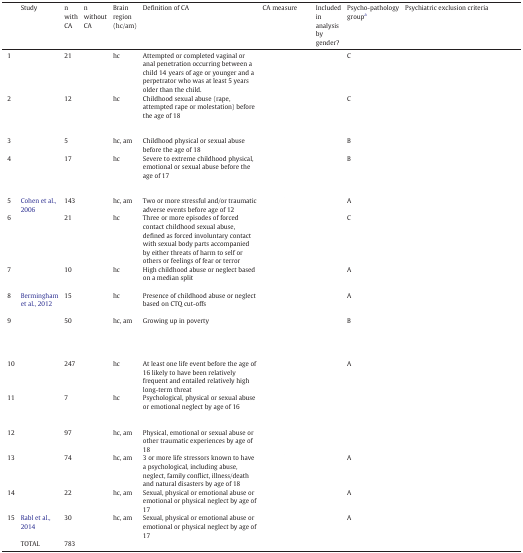
<table><thead><tr><td>[EMPTY_CELL]</td><td><b>Study</b></td><td><b>n with CA</b></td><td><b>n without CA</b></td><td><b>Brain region (hc/am)</b></td><td><b>Definition of CA</b></td><td><b>CA measure</b></td><td><b>Included in analysis by gender?</b></td><td><b>Psycho-pathology groupa</b></td><td><b>Psychiatric exclusion criteria</b></td></tr></thead><tbody><tr><td>1</td><td>[EMPTY_CELL]</td><td>21</td><td>[EMPTY_CELL]</td><td>hc</td><td>Attempted or completed vaginal or anal penetration occurring between a child 14 years of age or younger and a perpetrator who was at least 5 years older than the child.</td><td>[EMPTY_CELL]</td><td>[EMPTY_CELL]</td><td>C</td><td>[EMPTY_CELL]</td></tr><tr><td>2</td><td>[EMPTY_CELL]</td><td>12</td><td>[EMPTY_CELL]</td><td>hc</td><td>Childhood sexual abuse (rape, attempted rape or molestation) before the age of 18</td><td>[EMPTY_CELL]</td><td>[EMPTY_CELL]</td><td>C</td><td>[EMPTY_CELL]</td></tr><tr><td>3</td><td>[EMPTY_CELL]</td><td>5</td><td>[EMPTY_CELL]</td><td>hc, am</td><td>Childhood physical or sexual abuse before the age of 18</td><td>[EMPTY_CELL]</td><td>[EMPTY_CELL]</td><td>B</td><td>[EMPTY_CELL]</td></tr><tr><td>4</td><td>[EMPTY_CELL]</td><td>17</td><td>[EMPTY_CELL]</td><td>hc</td><td>Severe to extreme childhood physical, emotional or sexual abuse before the age of 17</td><td>[EMPTY_CELL]</td><td>[EMPTY_CELL]</td><td>B</td><td>[EMPTY_CELL]</td></tr><tr><td>5</td><td>Cohen et al., 2006</td><td>143</td><td>[EMPTY_CELL]</td><td>hc, am</td><td>Two or more stressful and/or traumatic adverse events before age of 12</td><td>[EMPTY_CELL]</td><td>[EMPTY_CELL]</td><td>A</td><td>[EMPTY_CELL]</td></tr><tr><td>6</td><td>[EMPTY_CELL]</td><td>21</td><td>[EMPTY_CELL]</td><td>hc</td><td>Three or more episodes of forced contact childhood sexual abuse, defined as forced involuntary contact with sexual body parts accompanied by either threats of harm to self or others or feelings of fear or terror</td><td>[EMPTY_CELL]</td><td>[EMPTY_CELL]</td><td>C</td><td>[EMPTY_CELL]</td></tr><tr><td>7</td><td>[EMPTY_CELL]</td><td>10</td><td>[EMPTY_CELL]</td><td>hc</td><td>High childhood abuse or neglect based on a median split</td><td>[EMPTY_CELL]</td><td>[EMPTY_CELL]</td><td>A</td><td>[EMPTY_CELL]</td></tr><tr><td>8</td><td>Bermingham et al., 2012</td><td>15</td><td>[EMPTY_CELL]</td><td>hc</td><td>Presence of childhood abuse or neglect based on CTQ cut-offs</td><td>[EMPTY_CELL]</td><td>[EMPTY_CELL]</td><td>A</td><td>[EMPTY_CELL]</td></tr><tr><td>9</td><td>[EMPTY_CELL]</td><td>50</td><td>[EMPTY_CELL]</td><td>hc, am</td><td>Growing up in poverty</td><td>[EMPTY_CELL]</td><td>[EMPTY_CELL]</td><td>B</td><td>[EMPTY_CELL]</td></tr><tr><td>10</td><td>[EMPTY_CELL]</td><td>247</td><td>[EMPTY_CELL]</td><td>hc</td><td>At least one life event before the age of 16 likely to have been relatively frequent and entailed relatively high long-term threat</td><td>[EMPTY_CELL]</td><td>[EMPTY_CELL]</td><td>A</td><td>[EMPTY_CELL]</td></tr><tr><td>11</td><td>[EMPTY_CELL]</td><td>7</td><td>[EMPTY_CELL]</td><td>hc</td><td>Psychological, physical or sexual abuse or emotional neglect by age of 16</td><td>[EMPTY_CELL]</td><td>[EMPTY_CELL]</td><td>[EMPTY_CELL]</td><td>[EMPTY_CELL]</td></tr><tr><td>12</td><td>[EMPTY_CELL]</td><td>97</td><td>[EMPTY_CELL]</td><td>hc, am</td><td>Physical, emotional or sexual abuse or other traumatic experiences by age of 18</td><td>[EMPTY_CELL]</td><td>[EMPTY_CELL]</td><td>[EMPTY_CELL]</td><td>[EMPTY_CELL]</td></tr><tr><td>13</td><td>[EMPTY_CELL]</td><td>74</td><td>[EMPTY_CELL]</td><td>hc, am</td><td>3 or more life stressors known to have a psychological, including abuse, neglect, family conflict, illness/death and natural disasters by age of 18</td><td>[EMPTY_CELL]</td><td>[EMPTY_CELL]</td><td>A</td><td>[EMPTY_CELL]</td></tr><tr><td>14</td><td>[EMPTY_CELL]</td><td>22</td><td>[EMPTY_CELL]</td><td>hc, am</td><td>Sexual, physical or emotional abuse or emotional or physical neglect by age of 17</td><td>[EMPTY_CELL]</td><td>[EMPTY_CELL]</td><td>A</td><td>[EMPTY_CELL]</td></tr><tr><td>15</td><td>Rabl et al., 2014</td><td>30</td><td>[EMPTY_CELL]</td><td>hc, am</td><td>Sexual, physical or emotional abuse or emotional or physical neglect by age of 17</td><td>[EMPTY_CELL]</td><td>[EMPTY_CELL]</td><td>A</td><td>[EMPTY_CELL]</td></tr><tr><td>[EMPTY_CELL]</td><td>TOTAL</td><td>783</td><td>[EMPTY_CELL]</td><td>[EMPTY_CELL]</td><td>[EMPTY_CELL]</td><td>[EMPTY_CELL]</td><td>[EMPTY_CELL]</td><td>[EMPTY_CELL]</td><td>[EMPTY_CELL]</td></tr></tbody></table>